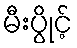
မီးပွိုင့်